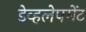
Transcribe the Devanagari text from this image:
डेव्हलेपमेंट